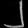
Digit: ၂